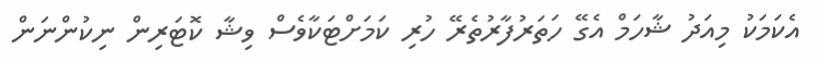
އެކަމަކު މިއަދު ޝާހަމް އެގޭ ހަތަރުފާރުތެރޭ ހުރި ކަމަށްޓަކާވެސް ވިޝާ ކޮޓަރިން ނިކުންނަން